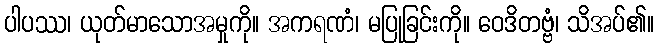
ပါပဿ၊ ယုတ်မာသောအမှုကို။ အကရဏံ၊ မပြုခြင်းကို။ ဝေဒိတဗ္ဗံ၊ သိအပ်၏။